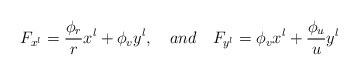
\begin{align*}F_{x^l}=\frac{\phi_r}{r} x^l+\phi_v y^l, \ \ \ and \ \ \ F_{y^l}=\phi_v x^l+\frac{\phi_u}{u}y^l\end{align*}